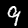
Digit: 9